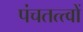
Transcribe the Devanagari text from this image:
पंचतत्त्वों